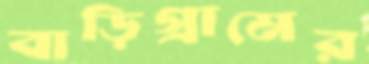
বাড়িগ্রামের